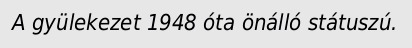
A gyülekezet 1948 óta önálló státuszú.